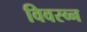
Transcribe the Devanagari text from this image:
विवस्व्न